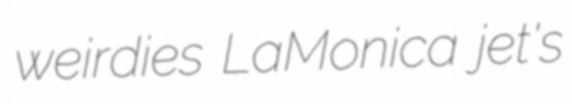
weirdies LaMonica jet's